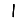
Digit: 1